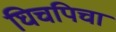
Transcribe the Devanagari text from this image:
घिचपिचा